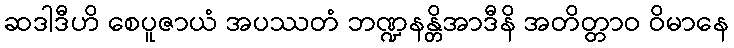
ဆဒါဒီဟိ စေပူဇာယံ အပဿတံ ဘဏ္ဍနန္တိအာဒီနိ အတိတ္တာဝ ဝိမာနေ